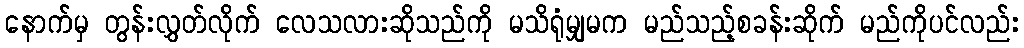
နောက်မှ တွန်းလွှတ်လိုက် လေသလားဆိုသည်ကို မသိရုံမျှမက မည်သည့်စခန်းဆိုက် မည်ကိုပင်လည်း